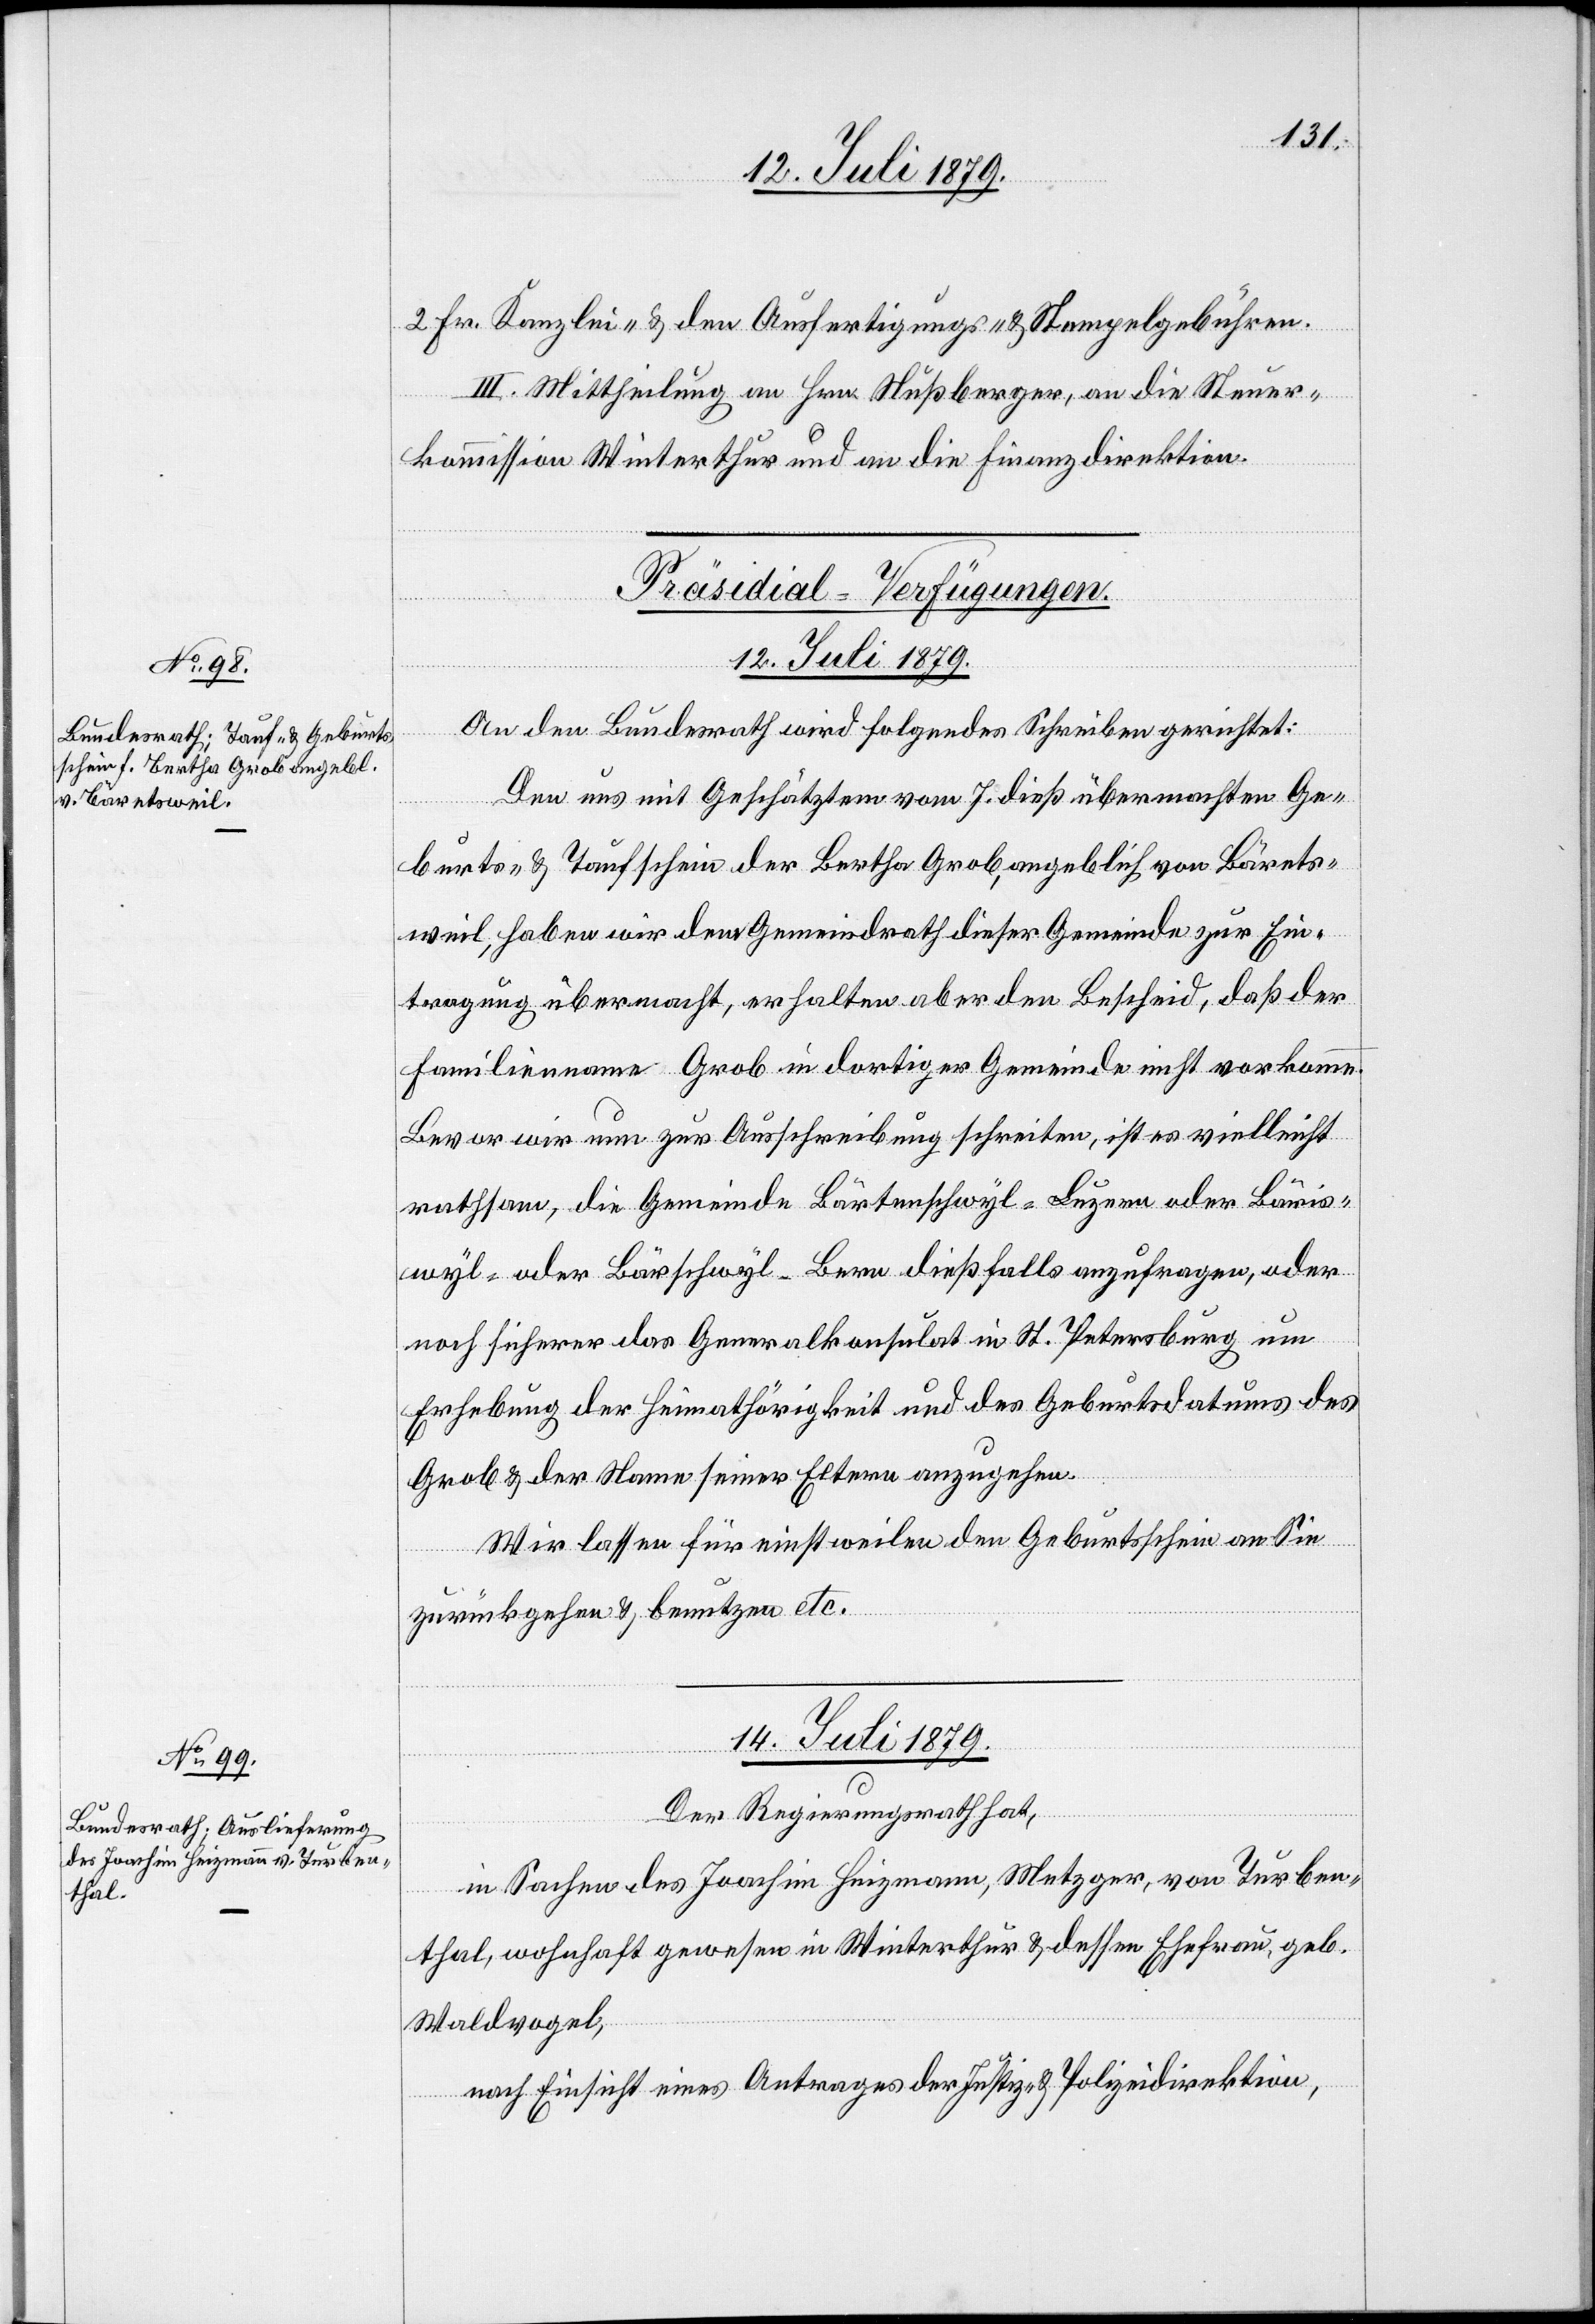
2 Fr. Kanzlei- & den Ausfertigungs- & Stempelgebühren.
III. Mittheilung an Hrn. Nußberger, an die Steuer¬
kommission Winterthur und an die Finanzdirektion.
[Präsidial-Verfügungen.]
An den Bundesrath wird folgendes Schreiben gerichtet:
Den uns mit Geschätztem vom 7. dieß übermachten Ge¬
burts- & Taufschein der Bertha Grob, angeblich von Bärets¬
weil, haben wir dem Gemeindrath dieser Gemeinde zur Ein¬
tragung übermacht, erhalten aber den Bescheid, daß der
Familienname Grob in dortiger Gemeinde nicht vorkomme.
Bevor wir nun zur Ausschreibung schreiten, ist es vielleicht
rathsam, die Gemeinde Bärtenschwyl - Luzern oder Bäris¬
wyl - oder Bärschwyl - Bern dießfalls anzufragen, oder
noch sicherer das Generalkonsulat in St. Petersburg um
Erhebung der Heimathörigkeit und des Geburtsdatums des
Grob & der Name seiner Eltern anzugehen.
Wir lassen für einstweilen den Geburtsschein an Sie
zurückgehen & benutzen etc.
14. Juli 1879.
Der Regierungsrath hat,
in Sachen des Joachim Heizmann, Metzger, von Turben¬
thal, wohnhaft gewesen in Winterthur & dessen Ehefrau, geb.
Waldvogel,
nach Einsicht eines Antrages der Justiz- & Polizeidirektion,